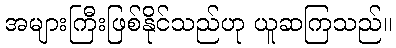
အများကြီးဖြစ်နိုင်သည်ဟု ယူဆကြသည်။